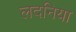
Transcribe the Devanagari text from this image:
लदनिया